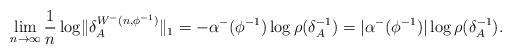
LaTeX: \begin{align*}\lim_{n \to \infty} \frac{1}{n} \log \lVert \delta_{A}^{W^{-}(n,\phi^{-1})} \rVert _{1} = -\alpha^{-}(\phi^{-1})\log \rho(\delta_{A}^{-1}) = \lvert \alpha^{-}(\phi^{-1}) \rvert \log \rho(\delta_{A}^{-1}).\end{align*}